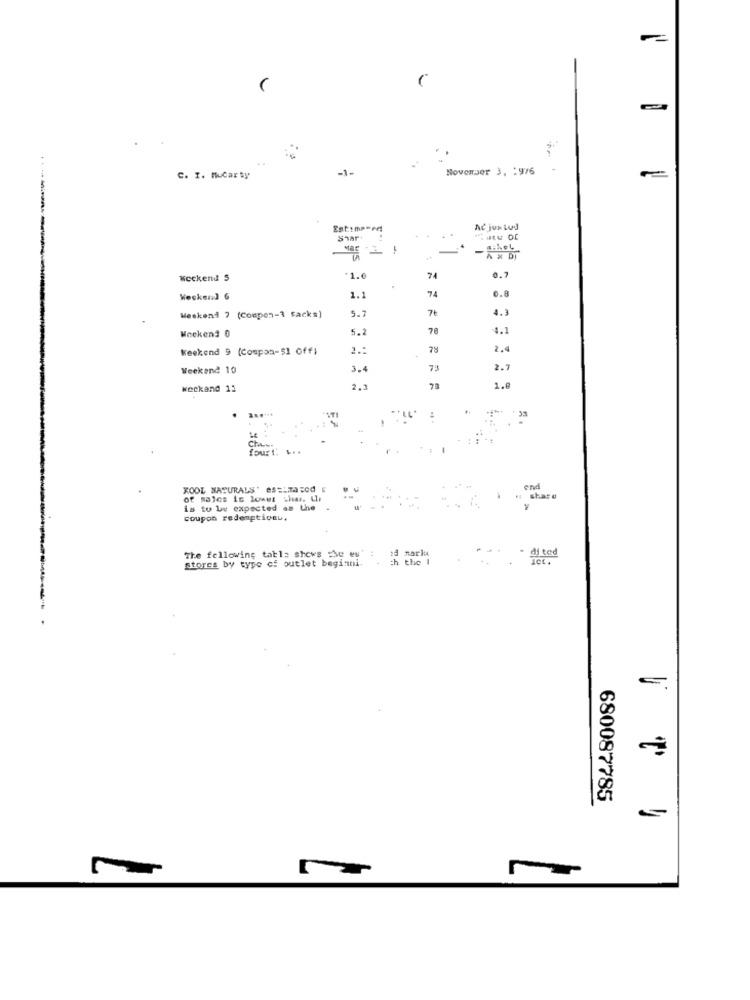
-1-
November 3, : 976
C. I. Mucarty
-
Est:mp-ed
-.
NC jun Lud
----
Shar+
-
Weekend 5
1.6
74
0.7
0.8
Weekend 6
1.1
74
5.7
7€
4.3
Mecken1 7 (Compen-1 Facks)
Weekend 0
5.2
78
4.1
Weekend 9 (Compon-51 off)
1 .:
78
2.4
Weekend 10
3.4
73
2.7
Weekand 11
2.3
2.0
Che
KOOL MASURALS' estima sod
end
Share
is to be expected as the
coupon redemptionu.
The following table shows the es'
:d mark
stores by type of outlet beginni.
ch the I
680087785